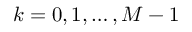
k = 0 , 1 , \ldots , M - 1